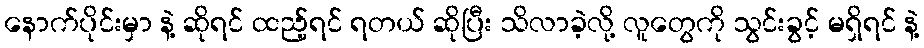
နောက်ပိုင်းမှာ နဲ့ ဆိုရင် ထည့်ရင် ရတယ် ဆိုပြီး သိလာခဲ့လို့ လူတွေကို သွင်းခွင့် မရှိရင် နဲ့